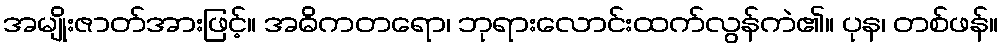
အမျိုးဇာတ်အားဖြင့်။ အဓိကတရော၊ ဘုရားလောင်းထက်လွန်ကဲ၏။ ပုန၊ တစ်ဖန်။